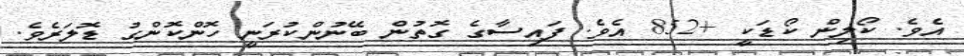
އެވެ. ކޯލިން ކޯޑަކީ +852 އެވެ. ފައިސާގެ ގޮތުން ބޭނުންކުރަނީ ހޮންކޮންގު ޑޮލަރެވެ.